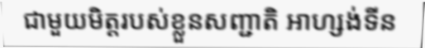
ជាមួយមិត្តរបស់ខ្លួនសញ្ជាតិ អាហ្សង់ទីន